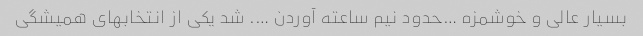
بسیار عالی و خوشمزه …حدود نیم ساعته آوردن …. شد یکی از انتخابهای همیشگی